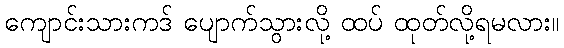
ကျောင်းသားကဒ် ပျောက်သွားလို့ ထပ် ထုတ်လို့ရမလား။